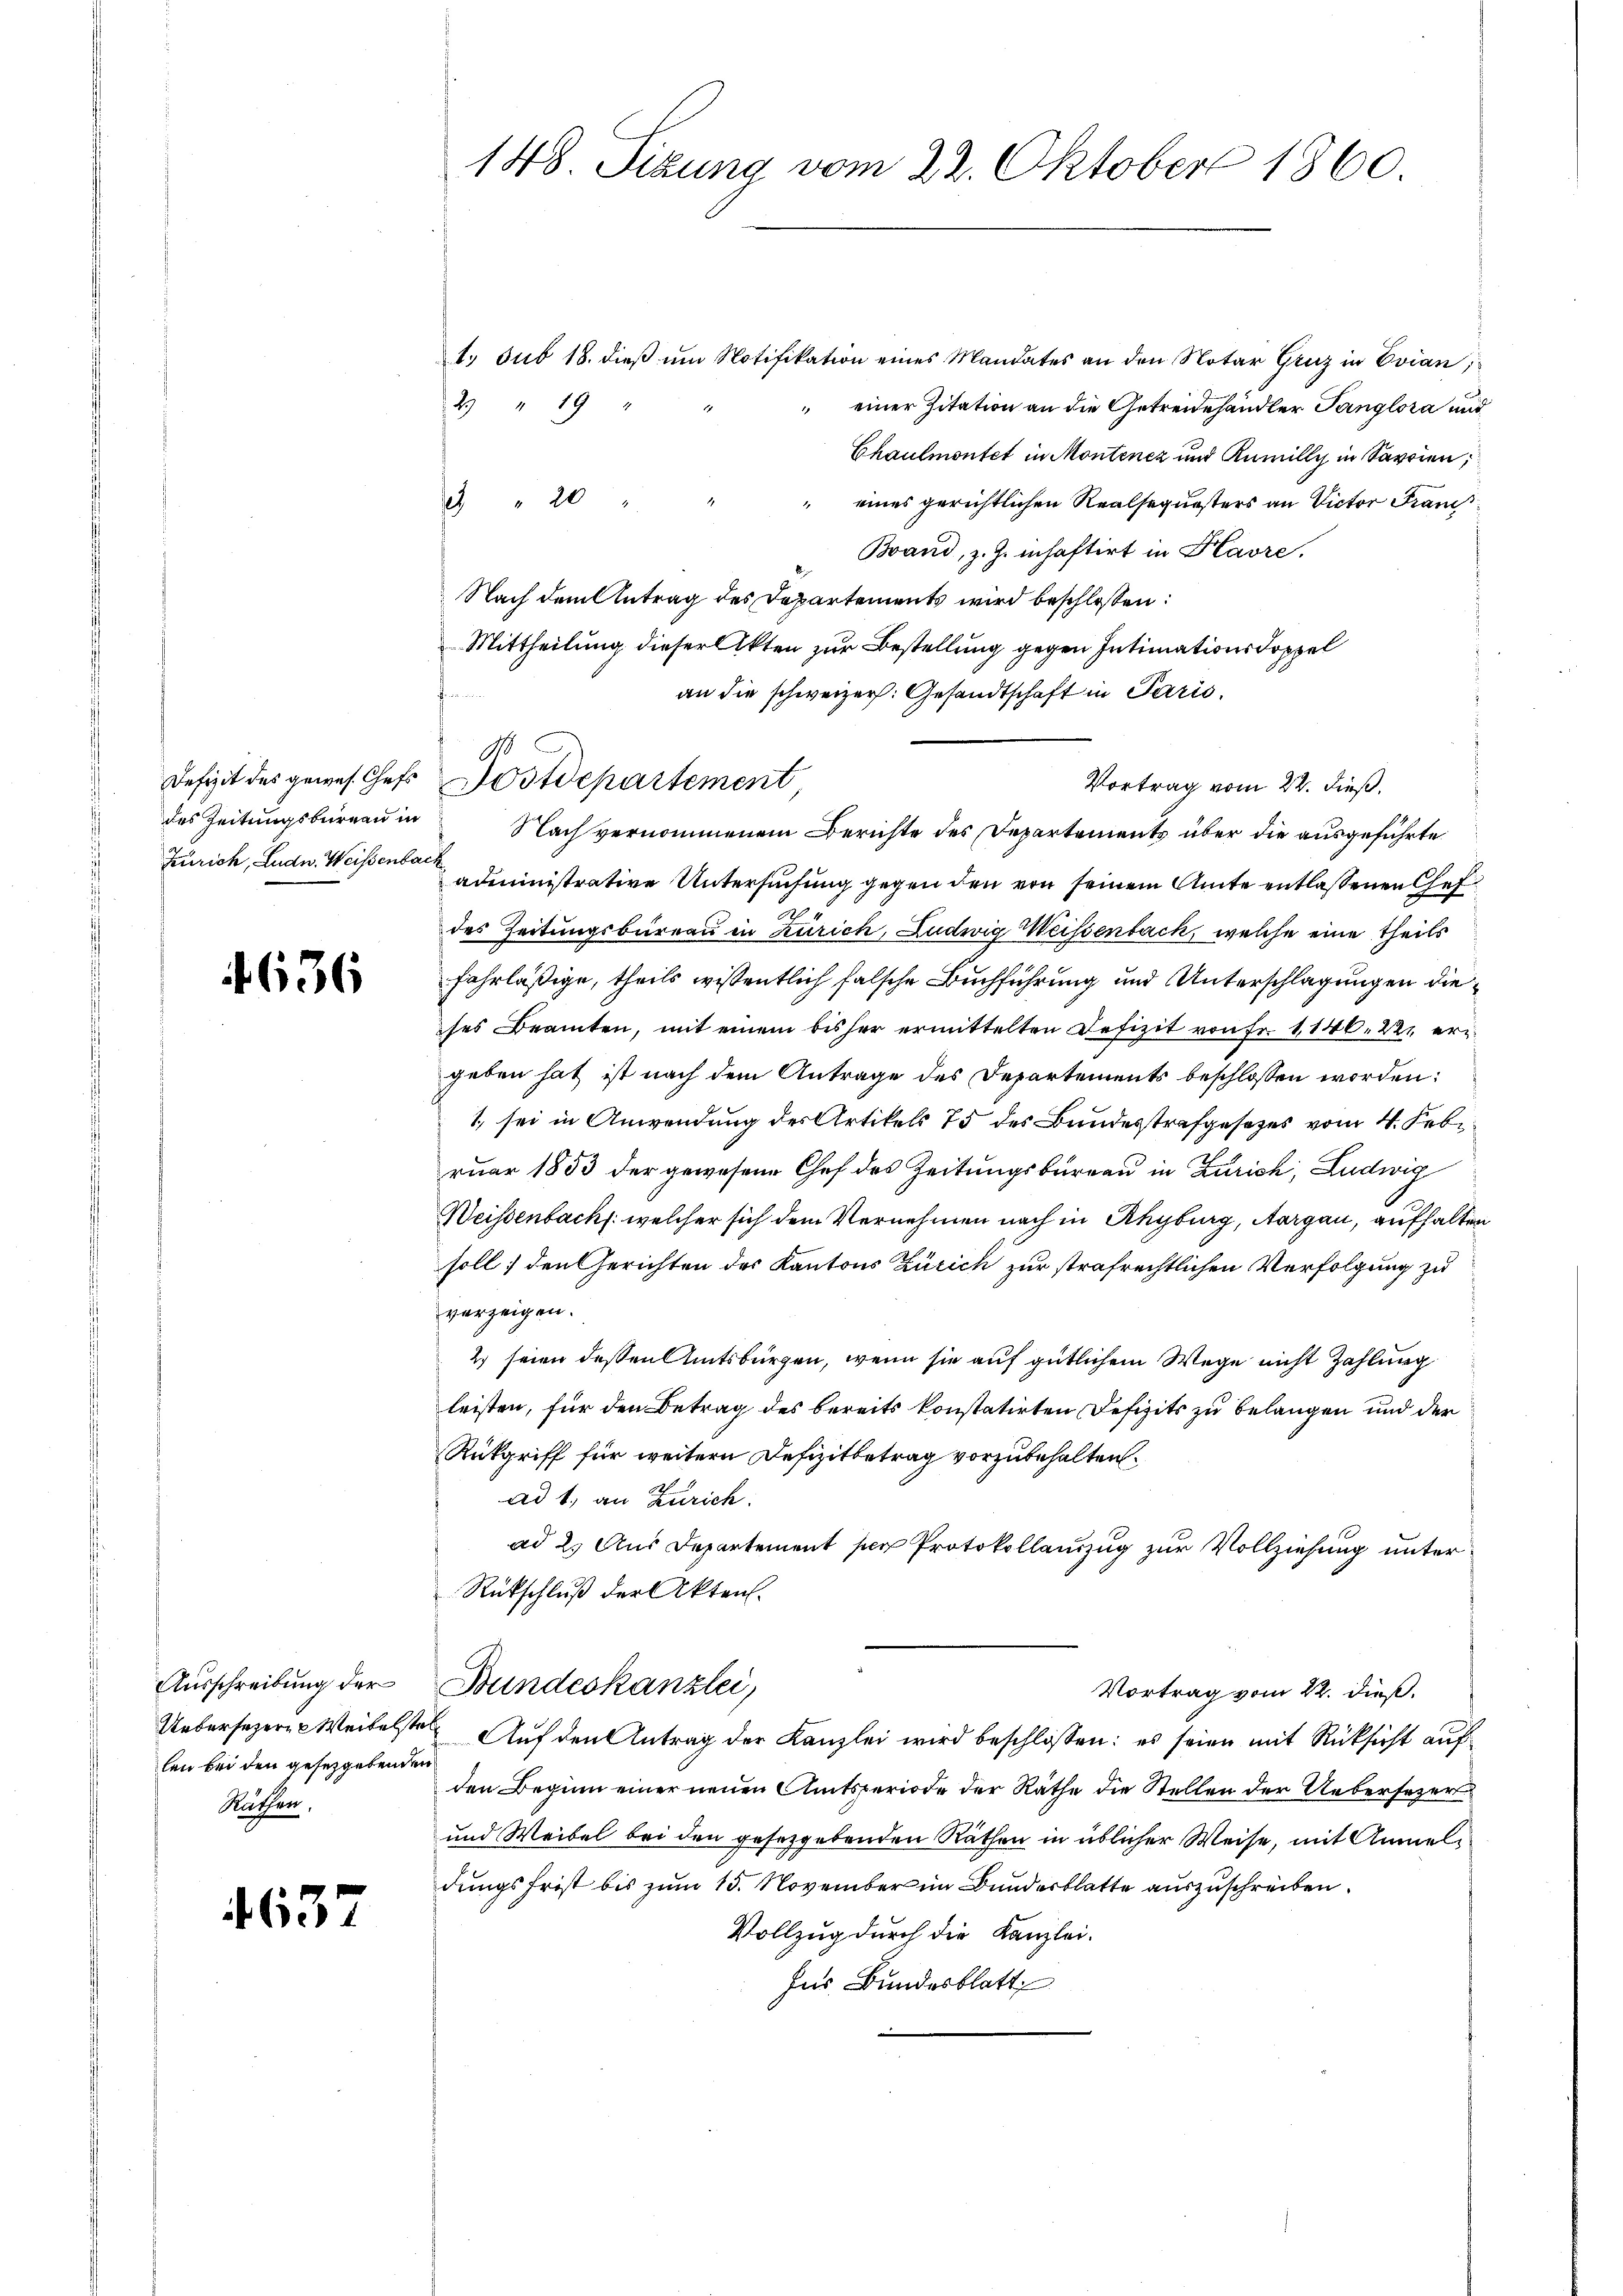
des Zeitungsbureau in
Zürich, Ludn. Weisenbach

4636

Ausschreibung der
len bei den gesetzgebenden
Rathen,

4637

148. Sizung vom 22. Oktober 1860.

1. sub 18. dieß um Notifikation eines Mandates an den Notar Gruz in Evian;
2 " 19 "
 einer Zitation an die Getreidehändler Tanglora und
Chaulmontet in Montenez und Rumilly in Savoien;
2 " 20
" eines gerichtlichen Realsequesters an Victor Fran¬
Brand, z. Z. inhaftirt in Plavre,
Nach dem Antrag des Departements wird beschloßen:
Mittheilung dieser Akten zur Bestellung gegen Intimationsdoppel
an die schweizer: Gesandtschaft in Paris
Vortrag vom 22. dieß.
Nach vernommenem Berichte des Departements über die ausgeführte
administrative Untersuchung gegen den von seinem Amte entlassenen Chef
des Zeitungsbureau in Zürich, Ludwig Weissenbach, welche eine theils
fahrläßige, theils wissentlich falsche Buchführung und Unterschlagungen dieses Beamten, mit einem bisher ermittelten Defizit von Fr. 1146. 22. ergeben hat ist nach dem Antrage des Departements beschlossen worden:
1, sei in Anwendung des Artikels 75 des Bundesstrafgesetzes vom 4. Febr.
ruar 1853 der gewesene Chef des Zeitungsbureau in Zürich, Ludwig
.
Weisenbach: welcher sich dem Vernehmen nach in Rhyburg, Aargau, aufhalten
soll; den Gerichten des Kantons Zürich zur strafrechtlichen Verfolgung zu
verzeigen.
2) seien dessen Amtsbürgen, wenn sie auf gütlichem Wege nicht Zahlung
leisten, für den Betrag des bereits konstatirten Defizits zu belangen und der
Rückgriff für weitern Defizitbetrag vorzubehalten.
ad 1., an Zürich.
ad 2. Aus Departement per Protokollauszug zur Vollziehung unter
Rückschluß der Akten.
Bundeskanzlei,
Vortrag vom 22. dieß.
Uebersezere Weitelste Auf den Antrag der Kanzlei wird beschlossen: es seien mit Rücksicht auf
den Beginn einer neuen Amtsperiode der Räthe die Stellen der Uebersezer
und Weibel bei den gesetzgebenden Räthen in üblicher Weise, mit Anmeldungsfrist bis zum 15. November im Bunderblatte auszuschreiben.
Vollzug durch die Kanzlei.
Inr Bundesblatt

M
Defizit des gewes Chefs Postdepartement